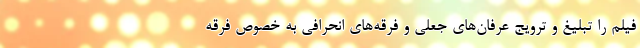
فیلم را تبلیغ و ترویج عرفان‌های جعلی و فرقه‌های انحرافی به خصوص فرقه